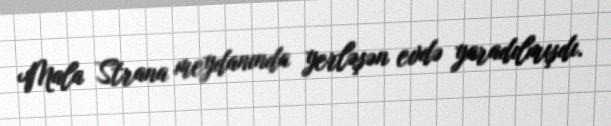
Mala Strana meydanında yerləşən evdə yaradılmışdı.